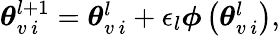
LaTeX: \begin{array}{r}{\boldsymbol{\theta}_{v\, i}^{l+1}=\boldsymbol{\theta}_{v\, i}^{l}+\epsilon_{l}\boldsymbol{\phi}\left(\boldsymbol{\theta}_{v\, i}^{l}\right),}\end{array}